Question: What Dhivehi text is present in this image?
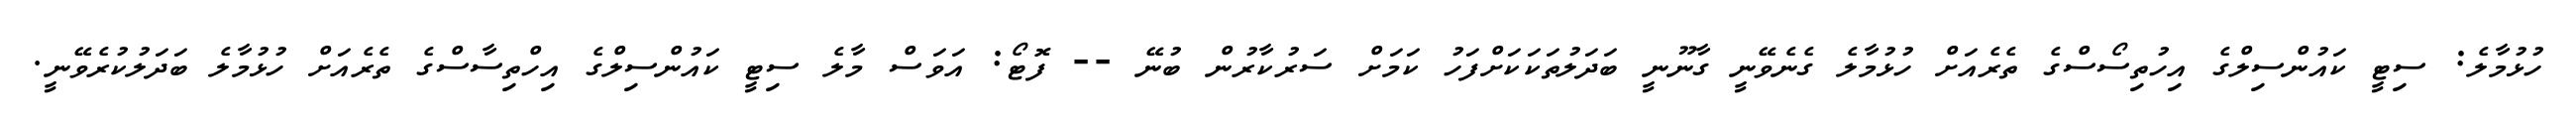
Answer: ހުޅުމާލެ: ސިޓީ ކައުންސިލްގެ އިހުތިސޯސްގެ ތެރެއަށް ހުޅުމާލެ ގެނެވޭނީ ގާނޫނީ ބަދަލުތަކަކަށްފަހު ކަމަށް ސަރުކާރުން ބުނޭ -- ފޮޓޯ: އަވަސް މާލެ ސިޓީ ކައުންސިލްގެ އިހްތިސާސްގެ ތެރެއަށް ހުޅުމާލެ ބަދަލުކުރެވޭނީ.